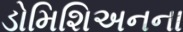
ડોમિશિઅનના